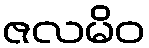
ဇလမိဝ